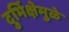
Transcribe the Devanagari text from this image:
दुर्भिक्षेमुळे